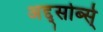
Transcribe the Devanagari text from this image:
अद्द्सोर्ब्स्